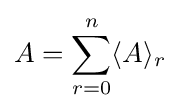
A=\sum _{r=0}^{n}\langle A\rangle _{r}